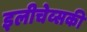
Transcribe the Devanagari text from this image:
इलीचेव्सकी